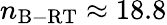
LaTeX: n_{\mathrm{B-RT}}\approx 18.8